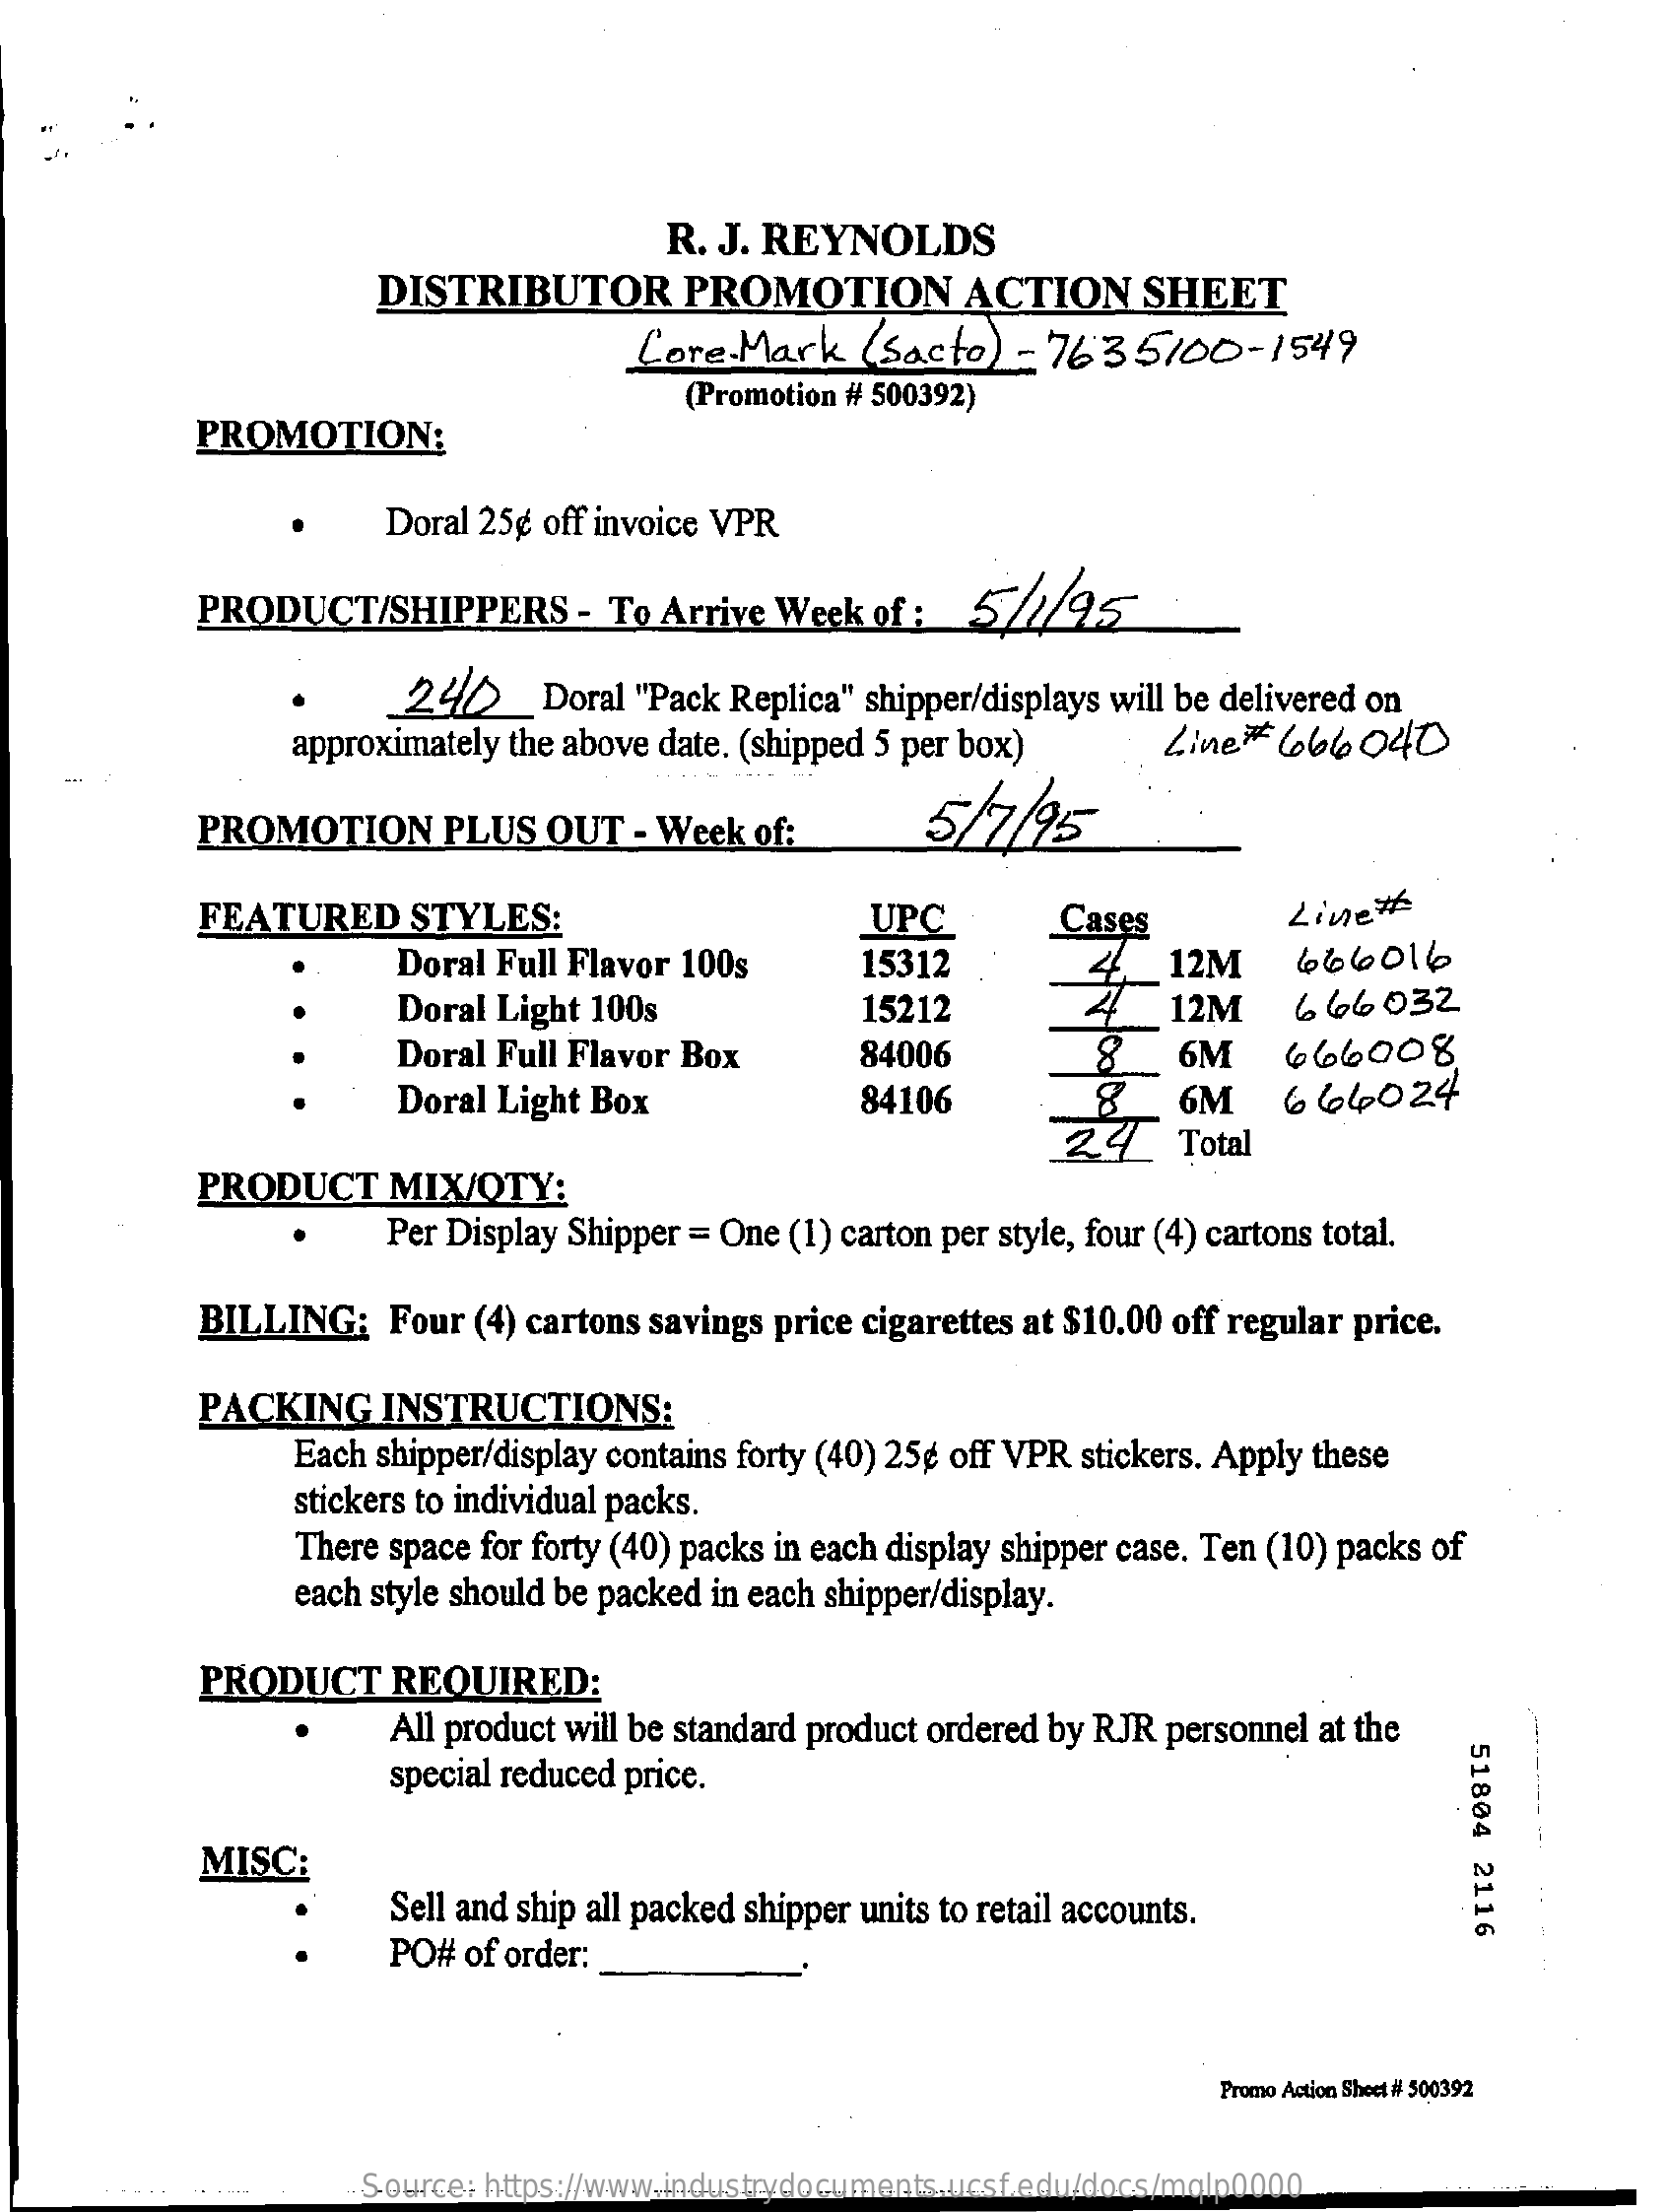
R. J. REYNOLDS
     DISTRIBUTOR    PROMOTION    ACTION   SHEET
     Core. Mark  ( Sacto) - 7635/00-1549
     PROMOTION:
     (Promotion # 500392)
     Doral 25g off invoice VPR
     PRODUCT/SHIPPERS    - To Arrive Week of : 52/95
     240_Doral    "Pack Replica" shipper/displays will be delivered on
     approximately the above date. (shipped 5 per box) Line# 666040
    -
     PROMOTION    PLUS  OUT  - Week of:    5/7/95
     FEATURED    STYLES:    UPC    Cases    Line#
     Doral Full Flavor 100s   15312    12M    666016
     Doral Light 100s    15212    12M    666 032
     Doral Full Flavor Box    84006    6M    666008
     Doral Light Box    84106    6M
     24    Total
     664024
     PRODUCT   MIX/OTY:
     Per Display Shipper = One (1) carton per style, four (4) cartons total.
     BILLING:  Four (4) cartons savings price cigarettes at $10.00 off regular price.
     PACKING   INSTRUCTIONS:
     Each shipper/display contains forty (40) 25g off VPR stickers. Apply these
     stickers to individual packs.
     There space for forty (40) packs in each display shipper case. Ten (10) packs of
     each style should be packed in each shipper/display.
     PRODUCT   REQUIRED:
     All product will be standard product ordered by RJR personnel at the
     51804
     2116
     special reduced price.
     MISC:
     Sell and ship all packed shipper units to retail accounts.
     PO# of order:
     Promo Action Sheet # 500392
     Source: https://www.industrydocuments.ucsf.edu/docs/mqlp0000